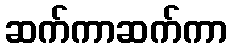
ဆက်ကာဆက်ကာ